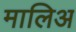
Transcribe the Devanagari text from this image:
मालिअ